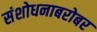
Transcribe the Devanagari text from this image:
संशोधनाबरोबर